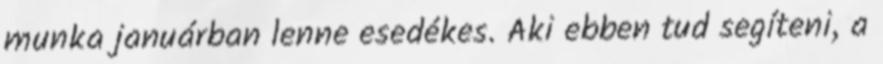
munka januárban lenne esedékes. Aki ebben tud segíteni, a